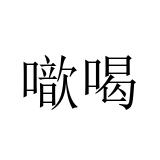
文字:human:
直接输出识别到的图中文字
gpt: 噷喝